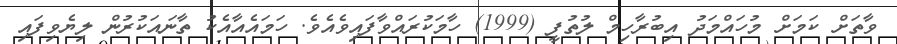
ވާތަށް ކަމަށް މުހައްމަދު އިބުރާހިމް ލުތުފީ (1999) ހާމަކުރައްވާފައިވެއެވެ. ހަމައެއާއެކު ތާނައަކުރުން ލިޔެވިފައި